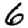
Digit: 6